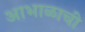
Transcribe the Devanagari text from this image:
आभाळाची